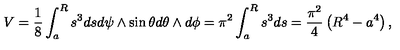
V = \frac { 1 } { 8 } \int _ { a } ^ { R } s ^ { 3 } d s d \psi \wedge \sin \theta d \theta \wedge d \phi = \pi ^ { 2 } \int _ { a } ^ { R } s ^ { 3 } d s = \frac { \pi ^ { 2 } } { 4 } \left( R ^ { 4 } - a ^ { 4 } \right) ,